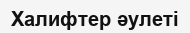
Халифтер әулеті